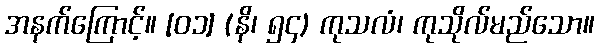
အနက်ကြောင့်။ [၀၁] (နိ၊ ၅၄) ကုသလံ၊ ကုသိုလ်မည်သော။